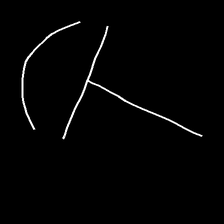
Glyph: dispersion